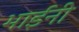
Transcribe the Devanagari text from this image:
भाईनी